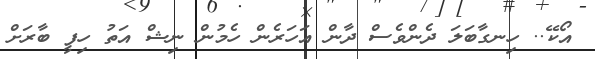
އޯކޭ.. ހިނގާބަލަ ދެންވެސް ދާން އަހަރެން ހެމުން ނިޝް އަތު ހިފީ ބާރަށް